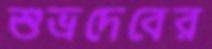
শুভ্রদেবের